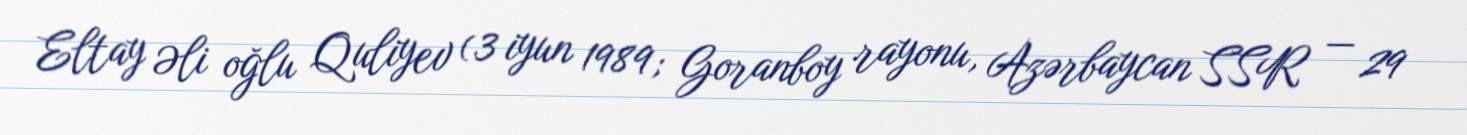
Eltay Əli oğlu Quliyev (3 iyun 1989; Goranboy rayonu, Azərbaycan SSR — 29